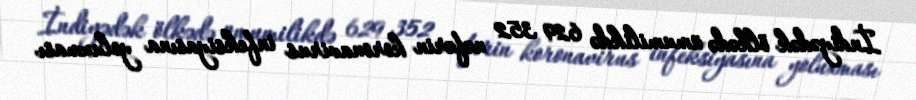
İndiyədək ölkədə ümumilikdə 629 352 nəfərin koronavirus infeksiyasına yoluxması